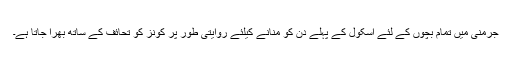
جرمنی میں تمام بچوں کے لئے اسکول کے پہلے دن کو منانے کیلئے روایتی طور پر کونز کو تحائف کے ساتھ بھرا جاتا ہے۔